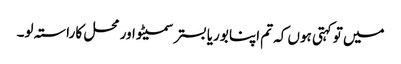
میں تو کہتی ہوں کہ تم اپنا بوریا بستر سمیٹو اور محل کا راستہ لو۔